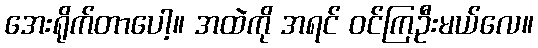
အေးရိုက်တာပေါ့။ အထဲကို အရင် ဝင်ကြဦးမယ်လေ။